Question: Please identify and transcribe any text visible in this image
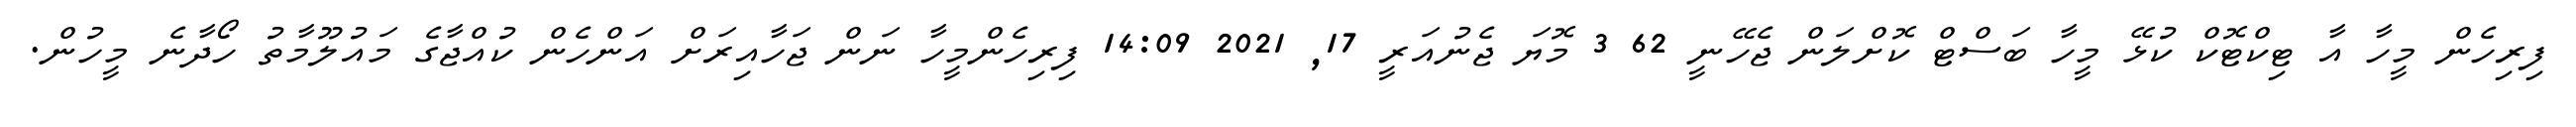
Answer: ފިރިހެން މީހާ އާ ޓިކްޓޮކް ކުޅޭ މީހާ ބަސްޓް ކޮށްލަން ޖެހޭނީ 62 3 މޮޔަ ޖެނުއަރީ 17, 2021 14:09 ފިރިހެންމީހާ ނަން ޖަހާއިރަށް އަންހެން ކުއްޖާގެ މައުލޫމާތު ހޯދާނެ މީހުން.